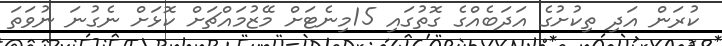
ކުރަން އަދި ތިކުށުގެ އަދަބެއްގެ ގޮތުގައި 15މިނެޓަށް މޭޒުމައްޗަށް ކޮޅަށް ނެގުނަ ނުވަތަ